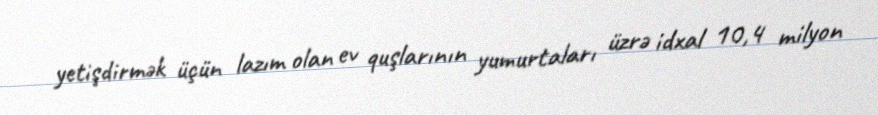
yetişdirmək üçün lazım olan ev quşlarının yumurtaları üzrə idxal 10,4 milyon